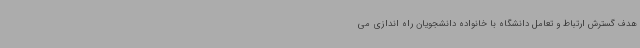
هدف گسترش ارتباط و تعامل دانشگاه با خانواده دانشجویان راه اندازی می